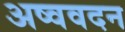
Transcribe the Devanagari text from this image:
अष्ववदन